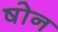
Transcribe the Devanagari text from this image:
षोन